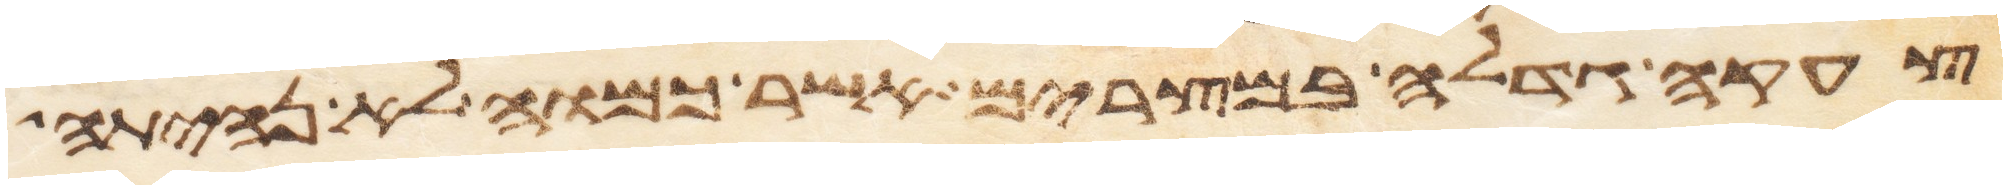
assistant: צעקה גדלה במצרים אשר כמוה לא נהיתה